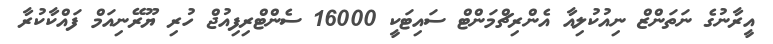
އީރާނުގެ ނަތަންޒް ނިއުކުލިއާ އެންރިޗްމަންޓް ސައިޓަކީ 16000 ސެންޓްރިފިއުޖް ހުރި ޔޫރޭނިއަމް ފައްކާކުރާ